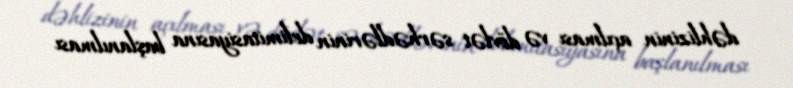
dəhlizinin açılması və dövlət sərhədlərinin delimitasiyasına başlanılması